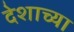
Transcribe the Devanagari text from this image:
देशाच्‍या